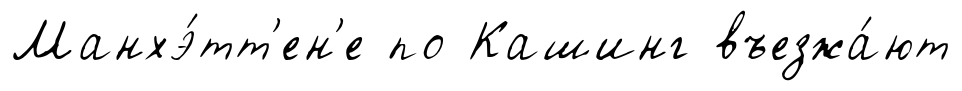
Манхэ́тт'ен'е по Кашинг въезжа́ют